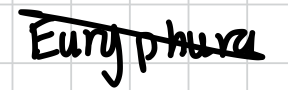
Text: Euryphura
Cross-out: diagonal
Writing tool: digital_black